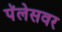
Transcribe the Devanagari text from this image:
पॅलेसवर